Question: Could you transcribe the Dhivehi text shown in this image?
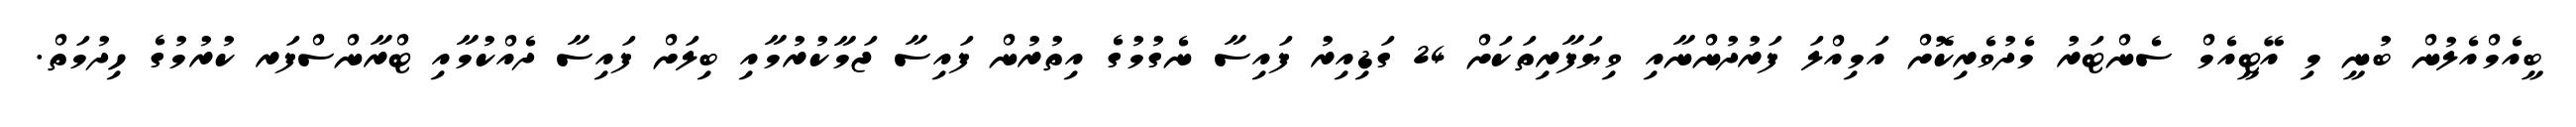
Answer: ބީއެމްއެލުން ބުނީ މި އޭޓީއެމް ސެންޓަރު މެދުވެރިކޮށް އަމިއްލަ ފަރުދުންނާއި ވިޔަފާރިތަކަށް 24 ގަޑިއިރު ފައިސާ ނެގުމުގެ އިތުރުން ފައިސާ ޖަމާކުރުމާއި ބިލަށް ފައިސާ ދެއްކުމާއި ޓްރާންސްފަރ ކުރުމުގެ ހިދުމަތް.